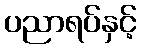
ပညာရပ်နှင့်